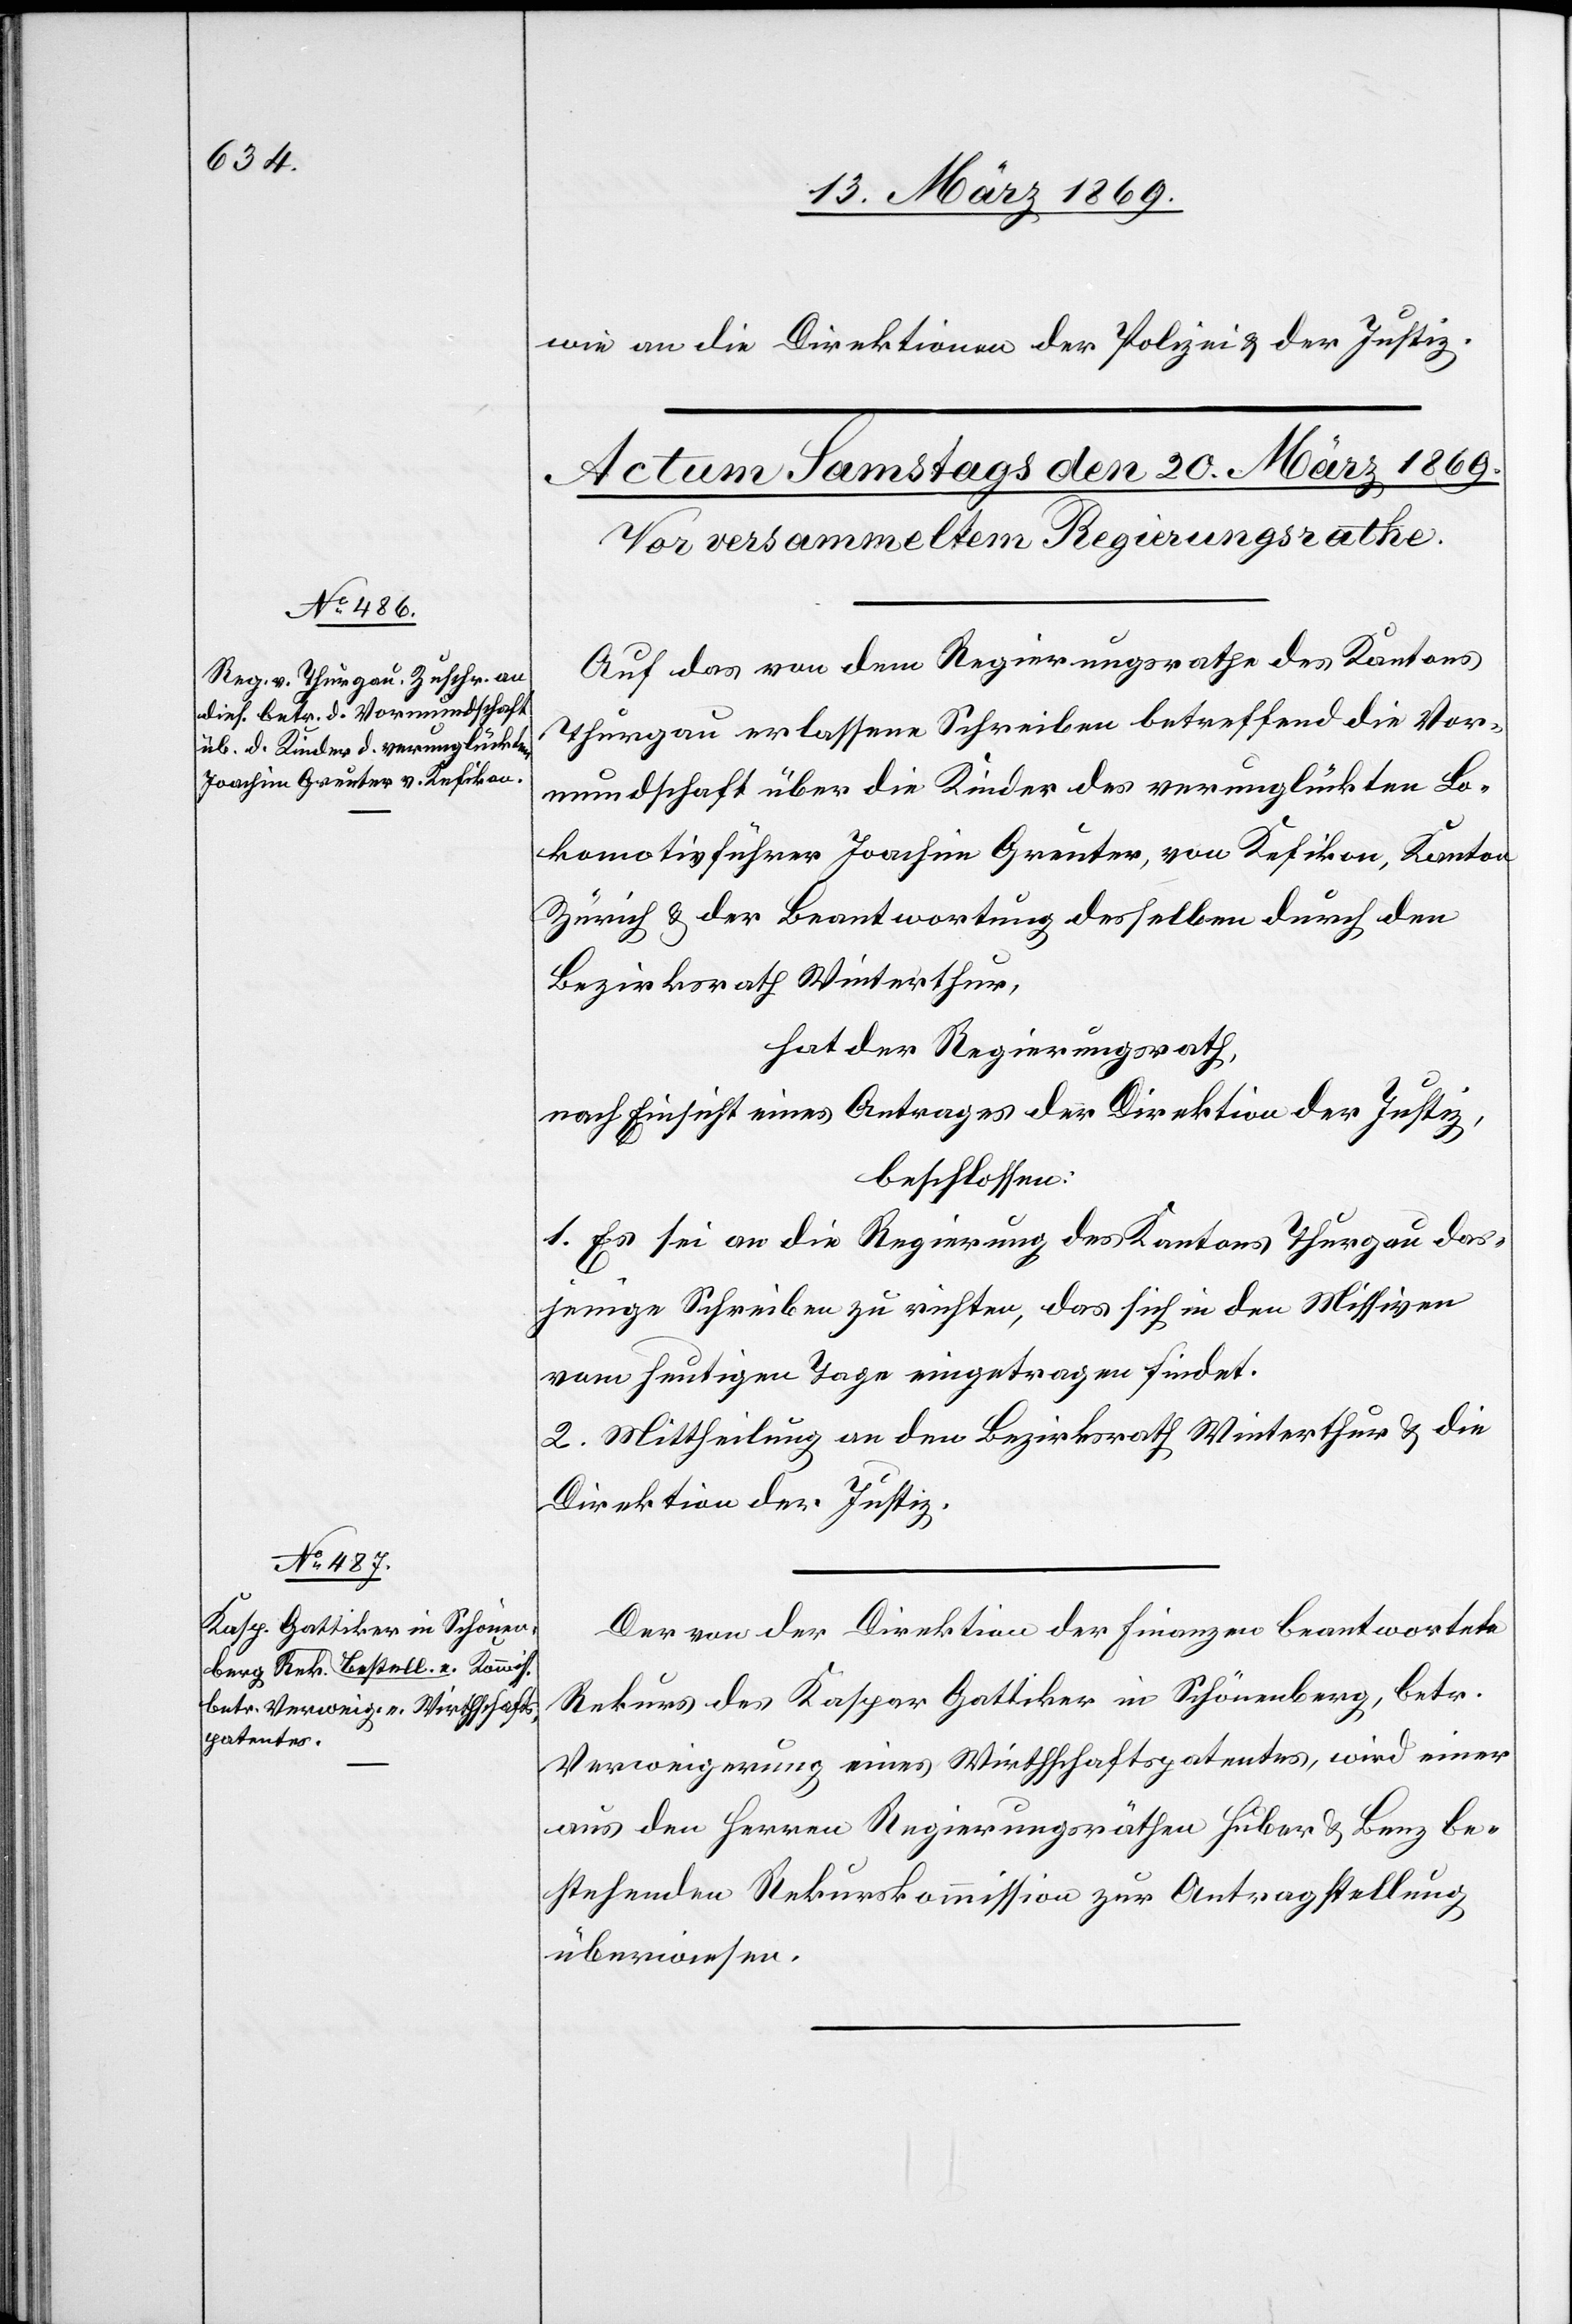
wie an die Direktionen der Polizei & der Justiz.
Auf das von dem Regierungsrathe des Kantons
Thurgau erlassene Schreiben betreffend die Vor¬
mundschaft über die Kinder des verunglückten Lo¬
komotivführer Joachim Greuter, Kefikon, Kanton
Zürich & der Beantwortung desselben durch den
Bezirksrath Winterthur,
hat der Regierungsrath,
nach Einsicht eines Antrages der Direktion der Justiz,
beschlossen:
1. Es sei an die Regierung des Kantons Thurgau das¬
jenige Schreiben zu richten, das sich in den Missiven
vom heutigen Tage eingetragen findet.
2. Mittheilung an den Bezirksrath Winterthur & die
Direktion der Justiz.
Der von der Direktion der Finanzen beantwortete
Rekurs des Kaspar Gattiker in Schönenberg, betr.
Verweigerung eines Wirthschaftspatentes, wird einer
aus den Herren Regierungsräthen Huber & Benz be¬
stehenden Rekurskommission zur Antragstellung
überwiesen.